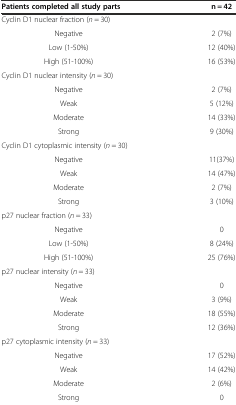
| Patients completed all study parts | n = 42 |
 | --- | --- |
 | Cyclin D1 nuclear fraction (n = 30) |  |
 | Negative | 2 (7%) |
 | Low (1-50%) | 12 (40%) |
 | High (51-100%) | 16 (53%) |
 | Cyclin D1 nuclear intensity (n = 30) |  |
 | Negative | 2 (7%) |
 | Weak | 5 (12%) |
 | Moderate | 14 (33%) |
 | Strong | 9 (30%) |
 | Cyclin D1 cytoplasmic intensity (n = 30) |  |
 | Negative | 11(37%) |
 | Weak | 14 (47%) |
 | Moderate | 2 (7%) |
 | Strong | 3 (10%) |
 | p27 nuclear fraction (n = 33) |  |
 | Negative | 0 |
 | Low (1-50%) | 8 (24%) |
 | High (51-100%) | 25 (76%) |
 | p27 nuclear intensity (n = 33) |  |
 | Negative | 0 |
 | Weak | 3 (9%) |
 | Moderate | 18 (55%) |
 | Strong | 12 (36%) |
 | <COLSPAN=2> p27 cytoplasmic intensity (n = 33) |
 | Negative | 17 (52%) |
 | Weak | 14 (42%) |
 | Moderate | 2 (6%) |
 | Strong | 0 |